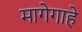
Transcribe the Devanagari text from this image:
मागेगाहे